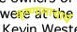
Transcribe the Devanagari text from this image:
कृष्णामाचार्य